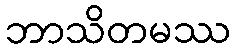
ဘာသိတမဿ